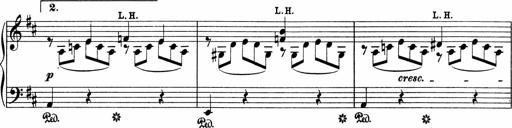
Title: 5 Sonatinen fÃ¼r die Jugend
Composer: Carl Reinecke